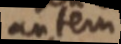
autem